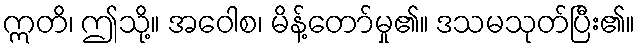
ဣတိ၊ ဤသို့။ အဝေါစ၊ မိန့်တော်မှု၏။ ဒသမသုတ်ပြီး၏။